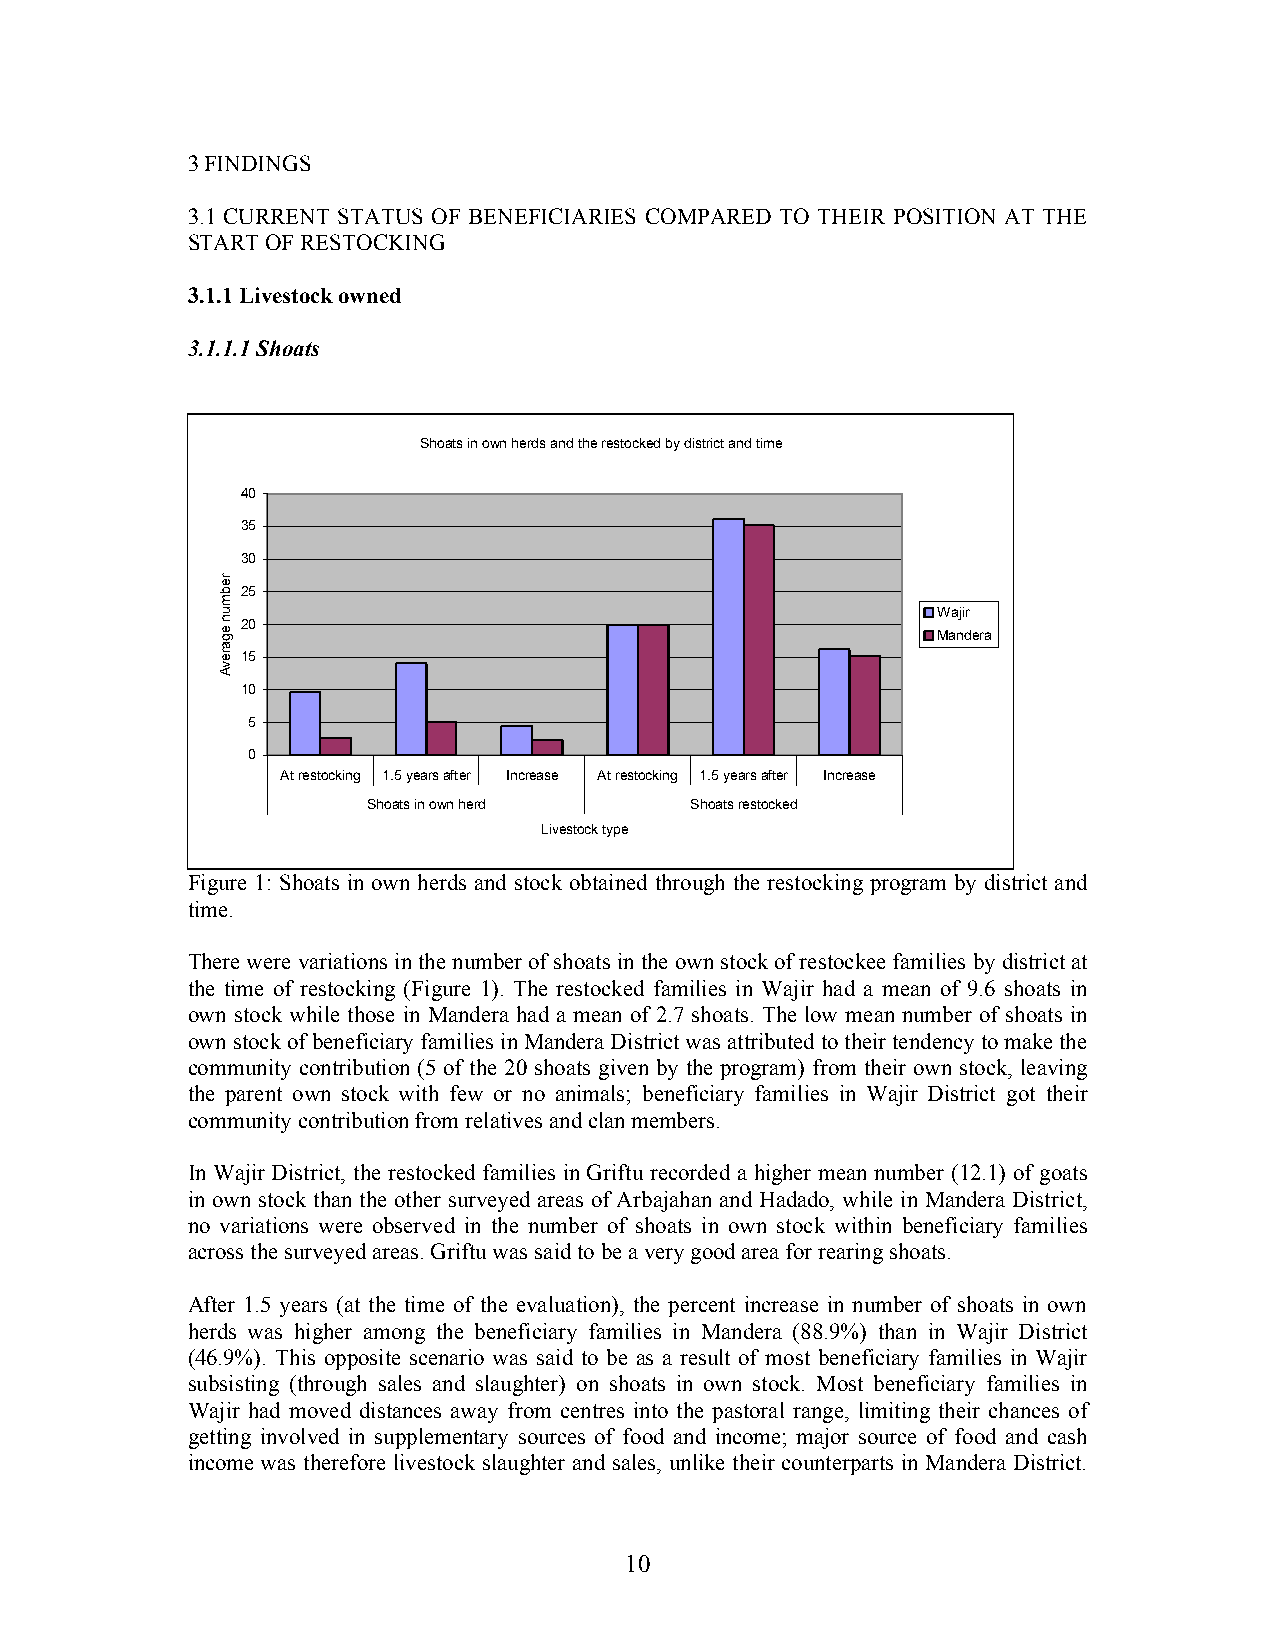
3 FINDINGS
 3.1 CURRENT STATUS OF BENEFICIARIES COMPARED TO THEIR POSITION AT THE
 START OF RESTOCKING
 3.1.1 Livestock owned
 3.1.1.1 Shoats
 Shoats in own herds and the restocked by district and time
 40
 35
 30
 25
 Wajir
 20
 Mandera
 15
 10
 5
 0
 At restocking 1.5 years after Increase At restocking 1.5 years after Increase
 Shoats in own herd    Shoats restocked
 Livestock type
 Figure 1: Shoats in own herds and stock obtained through the restocking program by district and
 time.
 There were variations in the number of shoats in the own stock of restockee families by district at
 the time of restocking (Figure 1). The restocked families in Wajir had a mean of 9.6 shoats in
 own stock while those in Mandera had a mean of 2.7 shoats. The low mean number of shoats in
 own stock of beneficiary families in Mandera District was attributed to their tendency to make the
 community contribution (5 of the 20 shoats given by the program) from their own stock, leaving
 the parent own stock with few or no animals; beneficiary families in Wajir District got their
 community contribution from relatives and clan members.
 In Wajir District, the restocked families in Griftu recorded a higher mean number (12.1) of goats
 in own stock than the other surveyed areas of Arbajahan and Hadado, while in Mandera District,
 no variations were observed in the number of shoats in own stock within beneficiary families
 across the surveyed areas. Griftu was said to be a very good area for rearing shoats.
 After 1.5 years (at the time of the evaluation), the percent increase in number of shoats in own
 herds was higher among the beneficiary families in Mandera (88.9%) than in Wajir District
 (46.9%). This opposite scenario was said to be as a result of most beneficiary families in Wajir
 subsisting (through sales and slaughter) on shoats in own stock. Most beneficiary families in
 Wajir had moved distances away from centres into the pastoral range, limiting their chances of
 getting involved in supplementary sources of food and income; major source of food and cash
 income was therefore livestock slaughter and sales, unlike their counterparts in Mandera District.
 10
 rebmun
 egarevA